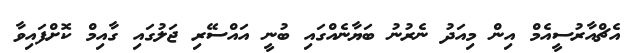
އެޗްއާރުސީއެމް އިން މިއަދު ނެރުނު ބަޔާނެއްގައި ބުނީ އައްސޭރި ޖަލުގައި ގާއިމް ކޮށްފައިވާ